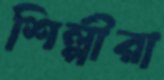
শিল্পীরা